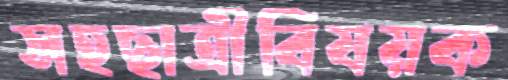
সহছাত্রীবিষয়ক